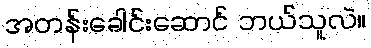
အတန်းခေါင်းဆောင် ဘယ်သူလဲ။